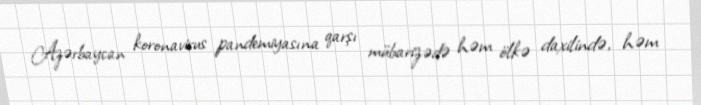
Azərbaycan koronavirus pandemiyasına qarşı mübarizədə həm ölkə daxilində, həm